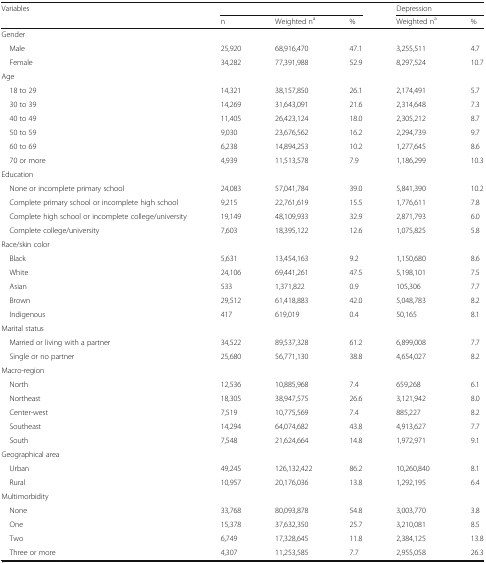
<table><thead><tr><td rowspan="2"><b>Variables</b></td><td colspan="3"></td><td colspan="2"><b>Depression</b></td></tr><tr><td><b>n</b></td><td><b>Weighted n<sup>a</sup></b></td><td><b>%</b></td><td><b>Weighted n<sup>a</sup></b></td><td><b>%</b></td></tr></thead><tbody><tr><td colspan="6">Gender</td></tr><tr><td> Male</td><td>25,920</td><td>68,916,470</td><td>47.1</td><td>3,255,511</td><td>4.7</td></tr><tr><td> Female</td><td>34,282</td><td>77,391,988</td><td>52.9</td><td>8,297,524</td><td>10.7</td></tr><tr><td colspan="6">Age</td></tr><tr><td> 18 to 29</td><td>14,321</td><td>38,157,850</td><td>26.1</td><td>2,174,491</td><td>5.7</td></tr><tr><td> 30 to 39</td><td>14,269</td><td>31,643,091</td><td>21.6</td><td>2,314,648</td><td>7.3</td></tr><tr><td> 40 to 49</td><td>11,405</td><td>26,423,124</td><td>18.0</td><td>2,305,212</td><td>8.7</td></tr><tr><td> 50 to 59</td><td>9,030</td><td>23,676,562</td><td>16.2</td><td>2,294,739</td><td>9.7</td></tr><tr><td> 60 to 69</td><td>6,238</td><td>14,894,253</td><td>10.2</td><td>1,277,645</td><td>8.6</td></tr><tr><td> 70 or more</td><td>4,939</td><td>11,513,578</td><td>7.9</td><td>1,186,299</td><td>10.3</td></tr><tr><td colspan="6">Education</td></tr><tr><td> None or incomplete primary school</td><td>24,083</td><td>57,041,784</td><td>39.0</td><td>5,841,390</td><td>10.2</td></tr><tr><td> Complete primary school or incomplete high school</td><td>9,215</td><td>22,761,619</td><td>15.5</td><td>1,776,611</td><td>7.8</td></tr><tr><td> Complete high school or incomplete college/university</td><td>19,149</td><td>48,109,933</td><td>32.9</td><td>2,871,793</td><td>6.0</td></tr><tr><td> Complete college/university</td><td>7,603</td><td>18,395,122</td><td>12.6</td><td>1,075,825</td><td>5.8</td></tr><tr><td colspan="6">Race/skin color</td></tr><tr><td> Black</td><td>5,631</td><td>13,454,163</td><td>9.2</td><td>1,150,680</td><td>8.6</td></tr><tr><td> White</td><td>24,106</td><td>69,441,261</td><td>47.5</td><td>5,198,101</td><td>7.5</td></tr><tr><td> Asian</td><td>533</td><td>1,371,822</td><td>0.9</td><td>105,306</td><td>7.7</td></tr><tr><td> Brown</td><td>29,512</td><td>61,418,883</td><td>42.0</td><td>5,048,783</td><td>8.2</td></tr><tr><td> Indigenous</td><td>417</td><td>619,019</td><td>0.4</td><td>50,165</td><td>8.1</td></tr><tr><td colspan="6">Marital status</td></tr><tr><td> Married or living with a partner</td><td>34,522</td><td>89,537,328</td><td>61.2</td><td>6,899,008</td><td>7.7</td></tr><tr><td> Single or no partner</td><td>25,680</td><td>56,771,130</td><td>38.8</td><td>4,654,027</td><td>8.2</td></tr><tr><td colspan="6">Macro-region</td></tr><tr><td> North</td><td>12,536</td><td>10,885,968</td><td>7.4</td><td>659,268</td><td>6.1</td></tr><tr><td> Northeast</td><td>18,305</td><td>38,947,575</td><td>26.6</td><td>3,121,942</td><td>8.0</td></tr><tr><td> Center-west</td><td>7,519</td><td>10,775,569</td><td>7.4</td><td>885,227</td><td>8.2</td></tr><tr><td> Southeast</td><td>14,294</td><td>64,074,682</td><td>43.8</td><td>4,913,627</td><td>7.7</td></tr><tr><td> South</td><td>7,548</td><td>21,624,664</td><td>14.8</td><td>1,972,971</td><td>9.1</td></tr><tr><td colspan="6">Geographical area</td></tr><tr><td> Urban</td><td>49,245</td><td>126,132,422</td><td>86.2</td><td>10,260,840</td><td>8.1</td></tr><tr><td> Rural</td><td>10,957</td><td>20,176,036</td><td>13.8</td><td>1,292,195</td><td>6.4</td></tr><tr><td colspan="6">Multimorbidity</td></tr><tr><td> None</td><td>33,768</td><td>80,093,878</td><td>54.8</td><td>3,003,770</td><td>3.8</td></tr><tr><td> One</td><td>15,378</td><td>37,632,350</td><td>25.7</td><td>3,210,081</td><td>8.5</td></tr><tr><td> Two</td><td>6,749</td><td>17,328,645</td><td>11.8</td><td>2,384,125</td><td>13.8</td></tr><tr><td> Three or more</td><td>4,307</td><td>11,253,585</td><td>7.7</td><td>2,955,058</td><td>26.3</td></tr></tbody></table>